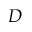
D